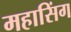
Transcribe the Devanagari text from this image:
महासिंग